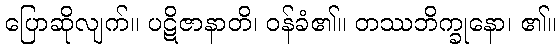
ပြောဆိုလျက်။ ပဋိဇာနာတိ၊ ဝန်ခံ၏။ တဿဘိက္ခုနော၊ ၏။